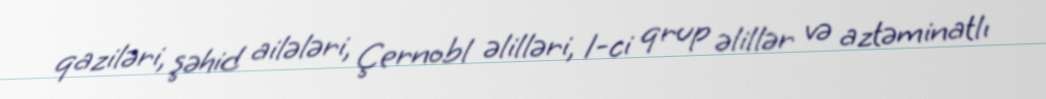
qaziləri, şəhid ailələri, Çernobl əlilləri, 1-ci qrup əlillər və aztəminatlı